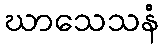
ဃာသေသနံ